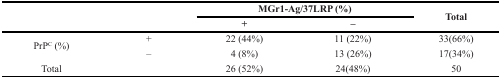
<table><thead><tr><td rowspan="2">[EMPTY_CELL]</td><td rowspan="2">[EMPTY_CELL]</td><td colspan="2"><b>MGr1-Ag/37LRP (%)</b></td><td rowspan="2"><b>Total</b></td></tr><tr><td><b>+</b></td><td><b>–</b></td></tr></thead><tbody><tr><td rowspan="2">PrP<sup>C</sup> (%)</td><td>+</td><td>22 (44%)</td><td>11 (22%)</td><td>33(66%)</td></tr><tr><td>–</td><td>4 (8%)</td><td>13 (26%)</td><td>17(34%)</td></tr><tr><td>Total</td><td>[EMPTY_CELL]</td><td>26 (52%)</td><td>24(48%)</td><td>50</td></tr></tbody></table>